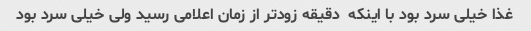
غذا خیلی سرد بود با اینکه  دقیقه زودتر از زمان اعلامی رسید ولی خیلی سرد بود